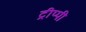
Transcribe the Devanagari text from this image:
ट्रीप्पी